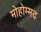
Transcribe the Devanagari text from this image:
मोहोम्मद